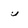
Character: u